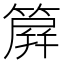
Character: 簈